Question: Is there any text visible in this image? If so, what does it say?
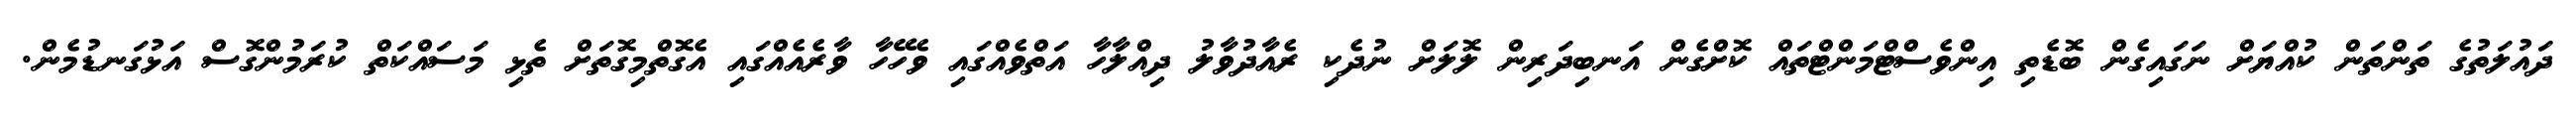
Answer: ދައުލަތުގެ ތަންތަން ކުއްޔަށް ނަގައިގެން ބޮޑެތި އިންވެސްޓްމަންޓްތައް ކޮށްގެން އަނބިދަރިން ލޮލަށް ނުދެކި ރެއާދުވާލު ދިއްލާހާ އަތްވެއްގައި ވެހޭހާ ވާރެއެއްގައި އެގޮތްމިގޮތަށް ތެޅި މަސައްކަތް ކުރަމުންގޮސް އަޅުގަނޑުމެން.